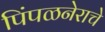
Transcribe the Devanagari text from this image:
पिंपळनेराचे